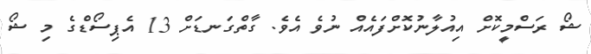
ޝޯ ރަސްމީކޮށް އިއުލާނުކޮށްފައެއް ނުވެ އެވެ. ގާތްގަނޑަށް 13 އެޕިސޯޑްގެ މި ޝޯ